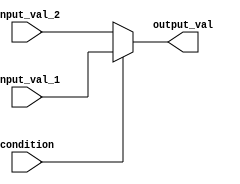
module conditional_assign(
    input wire condition,
    input wire input_val_1,
    input wire input_val_2,
    output reg output_val
);

always @*
begin
    if(condition)
        output_val = input_val_1;
    else
        output_val = input_val_2;
end

endmodule